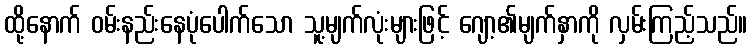
ထို့နောက် ဝမ်းနည်းနေပုံပေါက်သော သူ့မျက်လုံးများဖြင့် ဂျော့၏မျက်နှာကို လှမ်းကြည့်သည်။